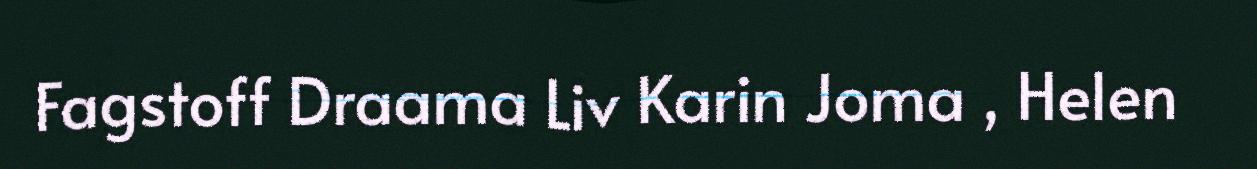
Fagstoff Draama Liv Karin Joma , Helen